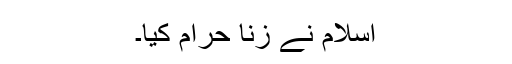
اسلام نے زنا حرام کیا۔